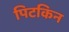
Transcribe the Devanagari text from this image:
पिटकिन